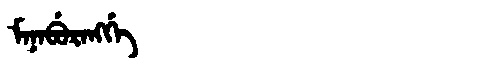
Manchu: ᠮᠠᠨᠠᠪᡠᡵᠠᠩᡤᡝ
Romanization: MANABURANGGE